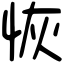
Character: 恢